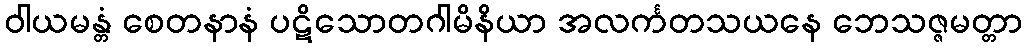
ဝါယမန္တံ စေတနာနံ ပဋိသောတဂါမိနိယာ အလင်္ကတသယနေ ဘေသဇ္ဇမတ္တာ